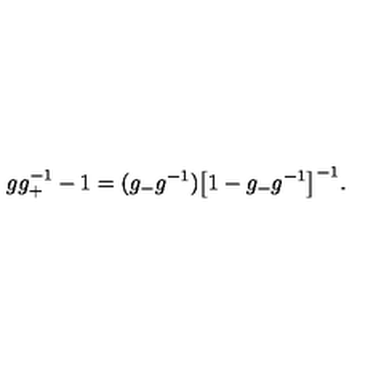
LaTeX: g g _ { + } ^ { - 1 } - 1 = ( g _ { - } g ^ { - 1 } ) \bigl [ 1 - g _ { - } g ^ { - 1 } \bigr ] ^ { - 1 } .